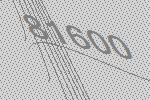
81600